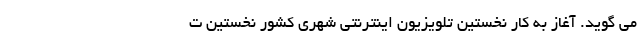
می گوید‌. آغاز به کار نخستین تلویزیون اینترنتی شهری کشور نخستین ت